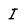
Character: I